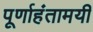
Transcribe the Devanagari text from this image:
पूर्णाहंतामयी